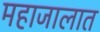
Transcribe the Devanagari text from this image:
महाजालात